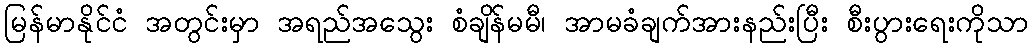
မြန်မာနိုင်ငံ အတွင်းမှာ အရည်အသွေး စံချိန်မမီ၊ အာမခံချက်အားနည်းပြီး စီးပွားရေးကိုသာ